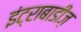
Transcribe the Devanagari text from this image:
इंट्राबाडीज़